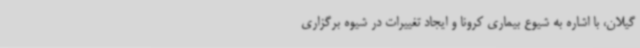
گیلان، با اشاره به شیوع بیماری کرونا و ایجاد تغییرات در شیوه برگزاری